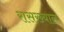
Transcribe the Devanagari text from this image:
रासख्याल